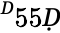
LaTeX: ^Ḋ55Ḍ